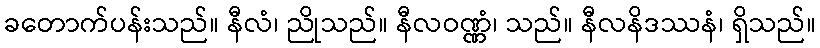
ခတောက်ပန်းသည်။ နီလံ၊ ညိုသည်။ နီလဝဏ္ဏံ၊ သည်။ နီလနိဒဿနံ၊ ရှိသည်။